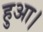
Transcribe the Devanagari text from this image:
हुअा।